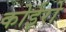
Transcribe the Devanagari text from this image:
कोईरो